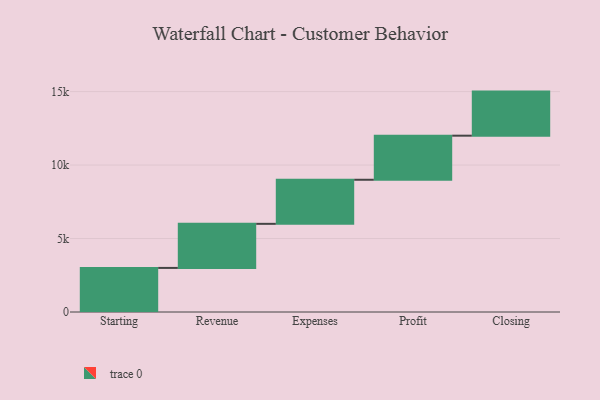
{"axis": {"x": "Step", "y": "Value"}, "legend": [""], "data": [{"x": "Starting", "y": 3000, "type": ""}, {"x": "Revenue", "y": 3000, "type": ""}, {"x": "Expenses", "y": 3000, "type": ""}, {"x": "Profit", "y": 3000, "type": ""}, {"x": "Closing", "y": 3000, "type": ""}]}